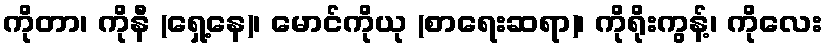
ကိုတာ၊ ကိုနီ (ရှေ့နေ)၊ မောင်ကိုယု (စာရေးဆရာ)၊ ကိုရိုးကွန့်၊ ကိုလေး